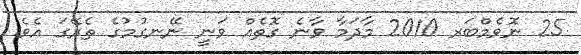
25 ނޮވެމްބަރ 2010 މާދަމާ ވާނެ ގޮތެއް ވަނީ ނޭނގުމުގެ ތެރޭގަ އެވެ.